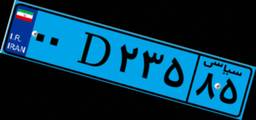
۹۴D۸۵۹۰۱